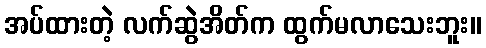
အပ်ထားတဲ့ လက်ဆွဲအိတ်က ထွက်မလာသေးဘူး။